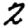
Digit: 2